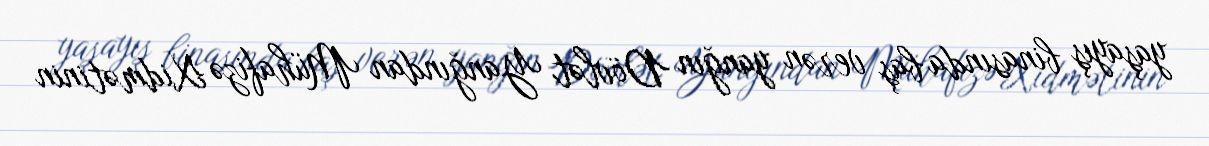
yaşayış binasında baş verən yanğın Dövlət Yanğından Mühafizə Xidmətinin